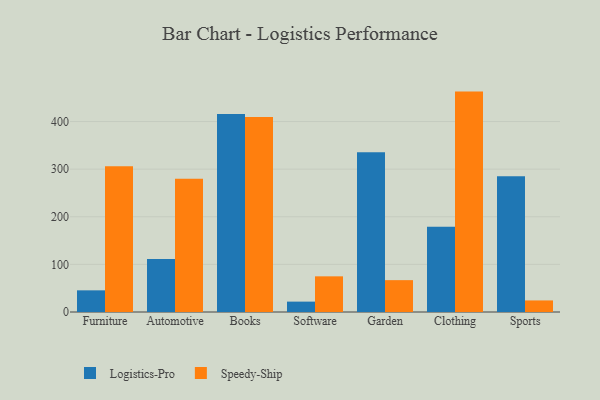
{"axis": {"x": "Category", "y": "Demand Index"}, "legend": ["Logistics-Pro", "Speedy-Ship"], "data": [{"x": "Furniture", "y": 45.5, "type": "Logistics-Pro"}, {"x": "Furniture", "y": 305.9, "type": "Speedy-Ship"}, {"x": "Automotive", "y": 111.5, "type": "Logistics-Pro"}, {"x": "Automotive", "y": 279.8, "type": "Speedy-Ship"}, {"x": "Books", "y": 415.8, "type": "Logistics-Pro"}, {"x": "Books", "y": 409.7, "type": "Speedy-Ship"}, {"x": "Software", "y": 21.8, "type": "Logistics-Pro"}, {"x": "Software", "y": 74.9, "type": "Speedy-Ship"}, {"x": "Garden", "y": 335.7, "type": "Logistics-Pro"}, {"x": "Garden", "y": 66.9, "type": "Speedy-Ship"}, {"x": "Clothing", "y": 178.9, "type": "Logistics-Pro"}, {"x": "Clothing", "y": 462.9, "type": "Speedy-Ship"}, {"x": "Sports", "y": 285.1, "type": "Logistics-Pro"}, {"x": "Sports", "y": 24.3, "type": "Speedy-Ship"}]}